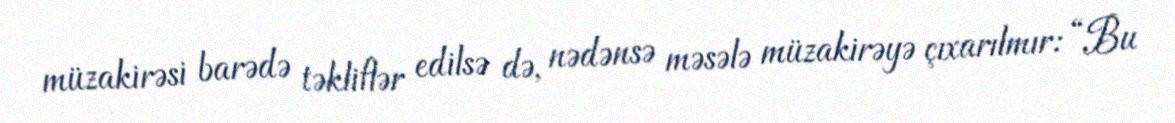
müzakirəsi barədə təkliflər edilsə də, nədənsə məsələ müzakirəyə çıxarılmır: “Bu